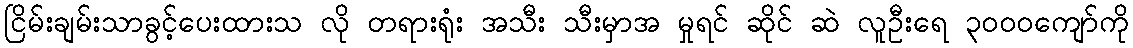
ငြိမ်းချမ်းသာခွင့်ပေးထားသ လို တရားရုံး အသီး သီးမှာအ မှုရင် ဆိုင် ဆဲ လူဦးရေ ၃ဝဝဝကျော်ကို